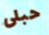
حبلى